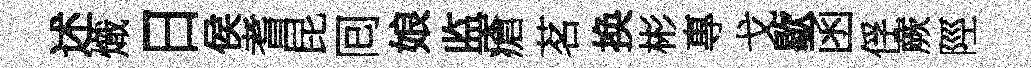
述熾日侯耆昆囘娘监瘡茗换彬專戈歇函俘蕨陘